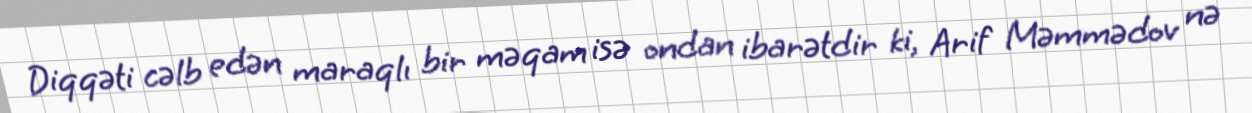
Diqqəti cəlb edən maraqlı bir məqam isə ondan ibarətdir ki, Arif Məmmədov nə